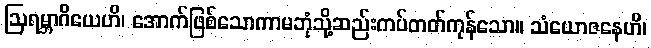
ဩရမ္ဘာဂိယေဟိ၊ အောက်ဖြစ်သောကာမဘုံသို့ဆည်းကပ်တတ်ကုန်သော။ သံယောဇနေဟိ၊